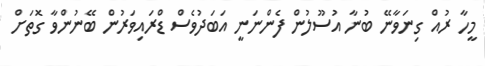
މީހާ ރުއް ގިނަވާނޭ ބުނާ އުސޫލުން ފެންނަނީ އަބަދުވެސް ޑްރައިވަރުން ބޭނުންވާ ގޮތަށް